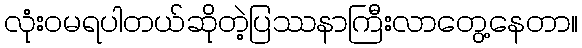
လုံးဝမရပါတယ်ဆိုတဲ့ပြဿနာကြီးလာတွေ့နေတာ။